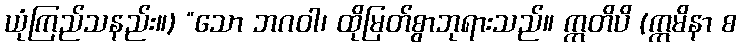
ယုံကြည်သနည်း။) “သော ဘဂဝါ၊ ထိုမြတ်စွာဘုရားသည်။ ဣတိပိ (ဣမိနာ စ